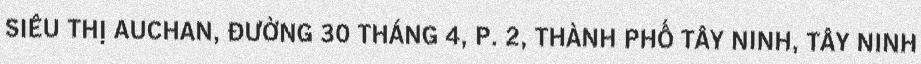
SIÊU THỊ AUCHAN, ĐƯỜNG 30 THÁNG 4, P. 2, THÀNH PHỐ TÂY NINH, TÂY NINH